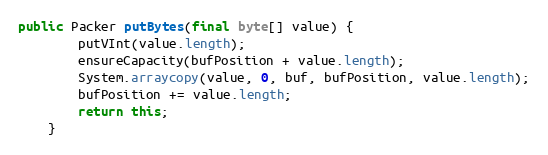
Language: Java
public Packer putBytes(final byte[] value) {
		putVInt(value.length);
		ensureCapacity(bufPosition + value.length);
		System.arraycopy(value, 0, buf, bufPosition, value.length);
		bufPosition += value.length;
		return this;
	}